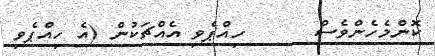
ކޮންމެހެންވެސް      ހިއްޕެވި އެއްޗަކުން (އެ ހިއްޕެވި